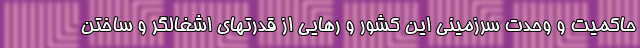
حاکمیت و وحدت سرزمینی این کشور و رهایی از قدرتهای اشغالگر و ساختن